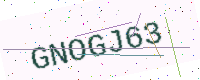
Text: GNOGJ63